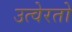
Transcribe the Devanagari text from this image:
उत्वेरतो